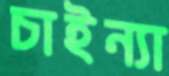
চাইন্যা